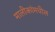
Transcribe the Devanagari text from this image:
मालीकांमधील